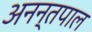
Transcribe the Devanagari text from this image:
अनन्तपाल